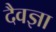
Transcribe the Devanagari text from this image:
दैवज्ञा